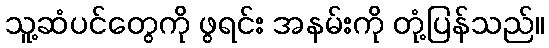
သူ့ဆံပင်တွေကို ဖွရင်း အနမ်းကို တုံ့ပြန်သည်။